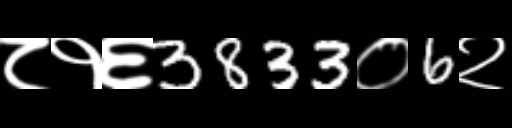
Text: ८१६3833०6२